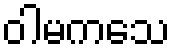
ဝါမကသေ